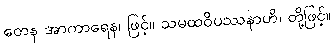
တေန အာကာရေန၊ ဖြင့်။ သမထဝိပဿနာဟိ၊ တို့ဖြင့်။